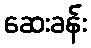
ဆေးခန်း